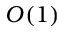
O ( 1 )